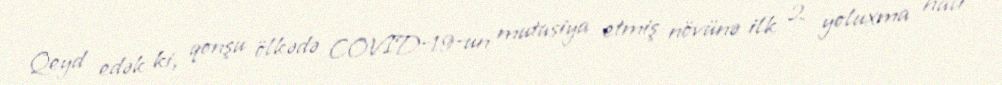
Qeyd edək ki, qonşu ölkədə COVID-19-un mutasiya etmiş növünə ilk 2 yoluxma halı